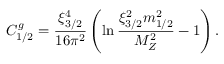
C _ { 1 / 2 } ^ { g } = { \frac { \xi _ { 3 / 2 } ^ { 4 } } { 1 6 \pi ^ { 2 } } } \left( \ln { \frac { \xi _ { 3 / 2 } ^ { 2 } m _ { 1 / 2 } ^ { 2 } } { M _ { Z } ^ { 2 } } } - 1 \right) .